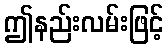
ဤနည်းလမ်းဖြင့်